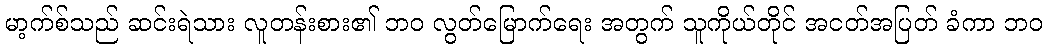
မာ့က်စ်သည် ဆင်းရဲသား လူတန်းစား၏ ဘဝ လွတ်မြောက်ရေး အတွက် သူကိုယ်တိုင် အငတ်အပြတ် ခံကာ ဘဝ